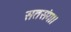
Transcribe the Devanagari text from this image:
सतसंग।।